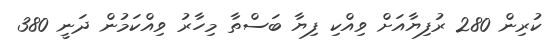
ކުރިން 280 ރުފިޔާއަށް ވިއްކި ފިޔާ ބަސްތާ މިހާރު ވިއްކަމުން ދަނީ 380